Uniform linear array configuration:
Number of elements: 24
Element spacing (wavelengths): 0.75
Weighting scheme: kaiser
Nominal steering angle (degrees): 45
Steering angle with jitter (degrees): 43.034
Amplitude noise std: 0.05
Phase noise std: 0.05

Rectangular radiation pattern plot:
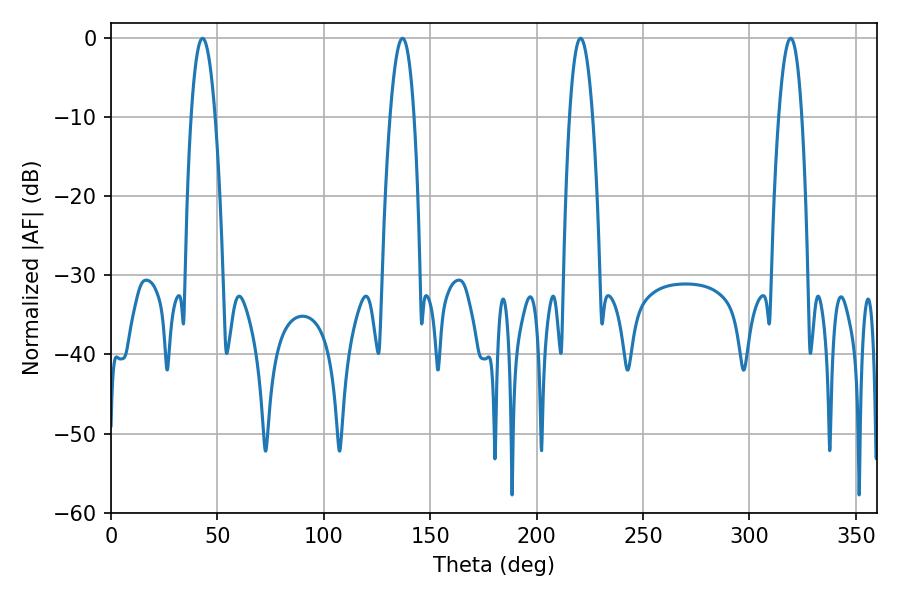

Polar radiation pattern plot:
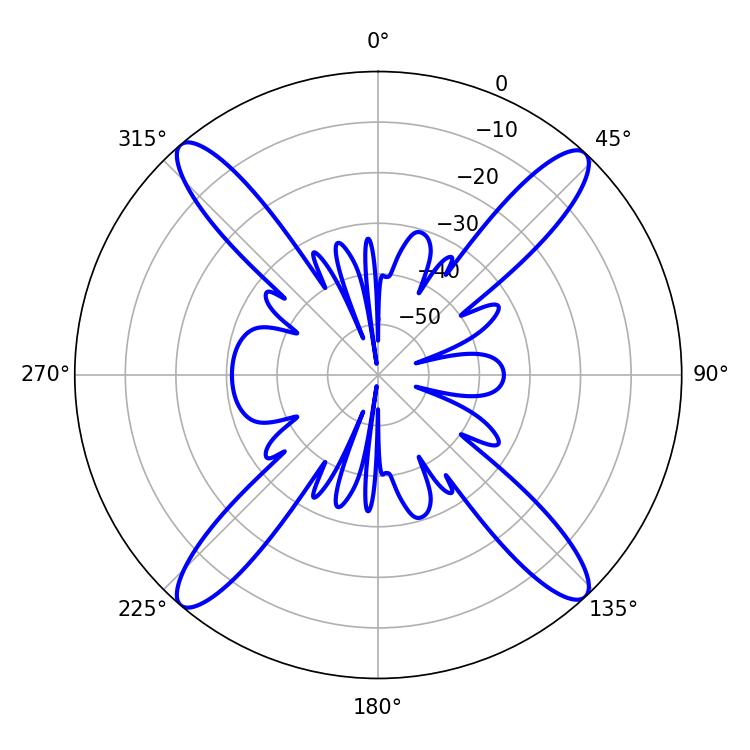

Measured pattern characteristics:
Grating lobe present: TRUE
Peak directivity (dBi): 21.99
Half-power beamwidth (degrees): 6.3
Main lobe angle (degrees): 43.02